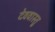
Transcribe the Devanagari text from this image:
देववास्तु